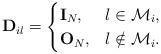
LaTeX: \begin{align*}\mathbf{D}_{il}=\begin{cases}\mathbf{I}_{N_{}},& l\in\mathcal{M}_{i},\\\mathbf{O}_{N_{}},& l\notin\mathcal{M}_{i}.\end{cases}\end{align*}